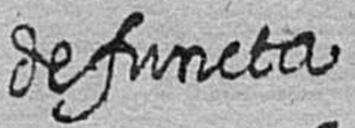
defuncta